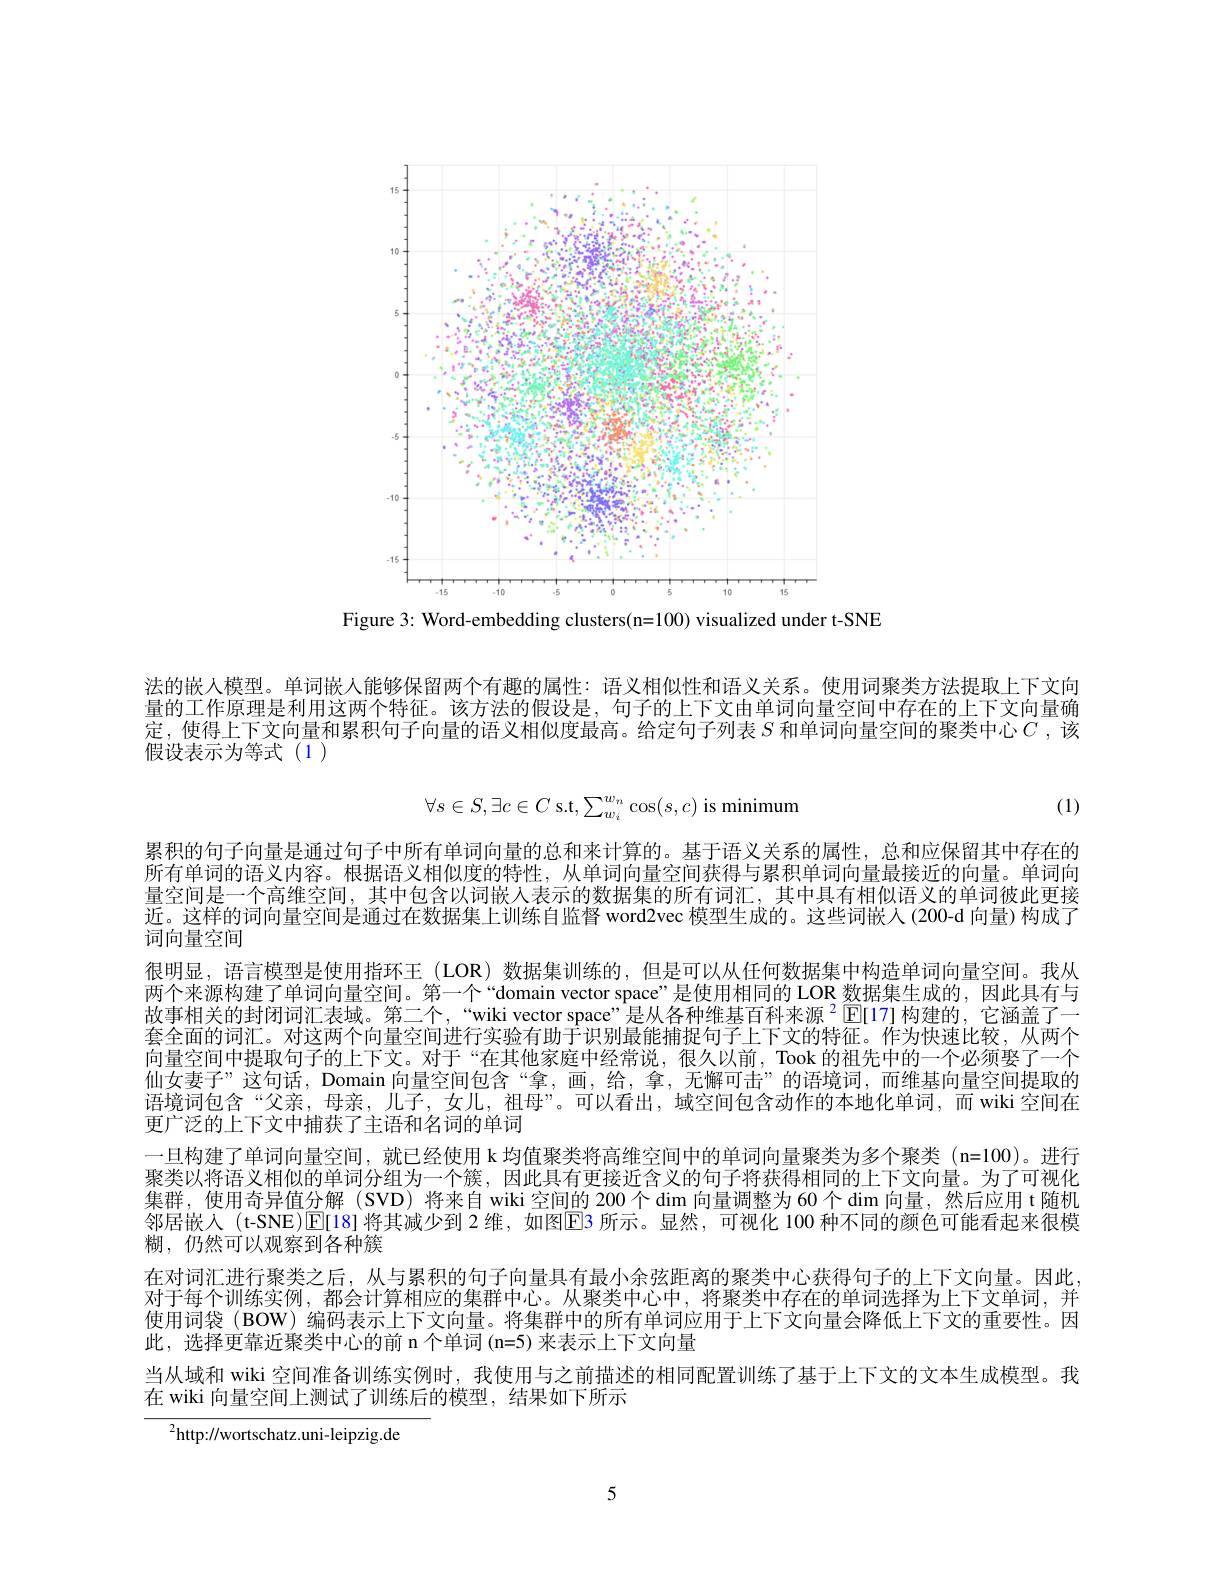
<FigureHere>

Figure 3: Word-embedding clusters(n=100) visualized under t-SNE

法的嵌人模型。单词嵌人能够保留两个有趣的属性：语义相似性和语义关系。使用词聚类方法提取上下文向量的工作原理是利用这两个特征。该方法的假设是，句子的上下文由单词向量空间中存在的上下文向量确定，使得上下文向量和累积句子向量的语义相似度最高。给定句子列表$S$和单词向量空间的聚类中心$C$ ,该假设表示为等式(1)
$$\forall s\in S,\exists c\in C\text{s.t},\sum_{w_i}^{w_n}\cos(s,c)\text{is minimum}$$
(1)

累积的句子向量是通过句子中所有单词向量的总和来计算的。基于语义关系的属性，总和应保留其中存在的所有单词的语义内容。根据语义相似度的特性，从单词向量空间获得与累积单词向量最接近的向量。单词向量空间是一个高维空间，其中包含以词嵌人表示的数据集的所有词汇，其中具有相似语义的单词彼此更接近。这样的词向量空间是通过在数据集上训练自监督 word2vec 模型生成的。这些词嵌人(200-d 向量)构成了词向量空间
很明显，语言模型是使用指环王 (LOR) 数据集训练的，但是可以从任何数据集中构造单词向量空间。我从两个来源构建了单词向量空间。第一个“domain vector space”是使用相同的 LOR 数据集生成的，因此具有与故事相关的封闭词汇表域。第二个，“wiki vector space”是从各种维基百科来源$^{2}$[E[17]构建的，它涵盖了一套全面的词汇。对这两个向量空间进行实验有助于识别最能捕捉句子上下文的特征。作为快速比较，从两个向量空间中提取句子的上下文。对于“在其他家庭中经常说，很久以前，Took 的祖先中的一个必须娶了一个仙女妻子”这句话，Domain 向量空间包含“拿，画，给，拿，无懈可击”的语境词，而维基向量空间提取的语境词包含“父亲，母亲，儿子，女儿，祖母”。可以看出，域空间包含动作的本地化单词，而 wiki 空间在更广泛的上下文中捕获了主语和名词的单词
一旦构建了单词向量空间，就已经使用 k 均值聚类将高维空间中的单词向量聚类为多个聚类 (n=100)。进行聚类以将语义相似的单词分组为一个簇，因此具有更接近含义的句子将获得相同的上下文向量。为了可视化集群，使用奇异值分解(SVD)将来自 wiki 空间的 200个$\dim$向量调整为 60个$\dim$向量，然后应用 t随机邻居嵌人 (t-SNE)$\operatorname{E}$[18]将其减少到 2 维，如图$\operatorname{E}$3 所示。显然，可视化 100 种不同的颜色可能看起来很模糊，仍然可以观察到各种簇
在对词汇进行聚类之后，从与累积的句子向量具有最小余弦距离的聚类中心获得句子的上下文向量。因此对于每个训练实例，都会计算相应的集群中心。从聚类中心中，将聚类中存在的单词选择为上下文单词，并使用词袋 (BOW) 编码表示上下文向量。将集群中的所有单词应用于上下文向量会降低上下文的重要性。因此，选择更靠近聚类中心的前 n 个单词 (n=5) 来表示上下文向量
当从域和 wiki 空间准备训练实例时，我使用与之前描述的相同配置训练了基于上下文的文本生成模型。我
在 wiki 向量空间上测试了训练后的模型，结果如下所示
$^{2}$http://wortschatz.uni-leipzig.de

5